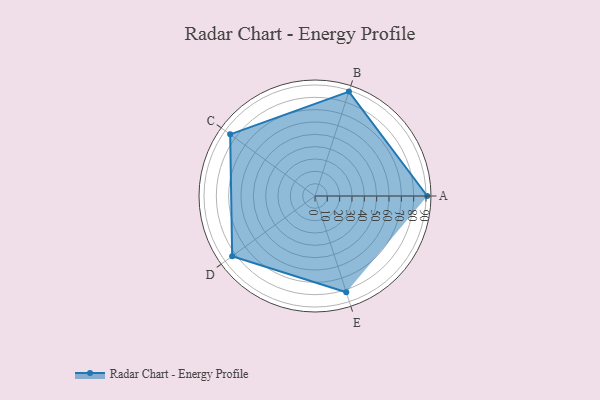
{"axis": {"x": "Skill", "y": "Score"}, "legend": ["Profile"], "data": [{"x": "A", "y": 91.0, "type": "Profile"}, {"x": "B", "y": 89.0, "type": "Profile"}, {"x": "C", "y": 85.0, "type": "Profile"}, {"x": "D", "y": 83.0, "type": "Profile"}, {"x": "E", "y": 82.0, "type": "Profile"}]}